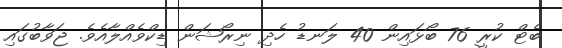
ބެޓް ކުރީ 76 ބޯޅައިން 40 ލަނޑު ހެދި ނިރޯޝަން ޑިކްވެއްލާއެވެ. ޖަވާބުގައި